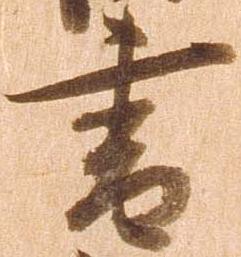
書